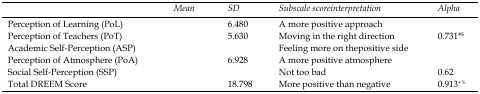
<table><thead><tr><td>[EMPTY_CELL]</td><td><b><i>Mean</i></b></td><td><b><i>SD</i></b></td><td><b><i>Subscale score interpretation</i></b></td><td><b><i>Alpha</i></b></td></tr></thead><tbody><tr><td>Perception of Learning (PoL)</td><td>[EMPTY_CELL]</td><td>6.480</td><td>A more positive approach</td><td>[EMPTY_CELL]</td></tr><tr><td>Perception of Teachers (PoT)</td><td>[EMPTY_CELL]</td><td>5.630</td><td>Moving in the right direction</td><td>0.731<sup>#$</sup></td></tr><tr><td>Academic Self-Perception (ASP)</td><td>[EMPTY_CELL]</td><td>[EMPTY_CELL]</td><td>Feeling more on the positive side</td><td>[EMPTY_CELL]</td></tr><tr><td>Perception of Atmosphere (PoA)</td><td>[EMPTY_CELL]</td><td>6.928</td><td>A more positive atmosphere</td><td>[EMPTY_CELL]</td></tr><tr><td>Social Self-Perception (SSP)</td><td>[EMPTY_CELL]</td><td>[EMPTY_CELL]</td><td>Not too bad</td><td>0.62</td></tr><tr><td>Total DREEM Score</td><td>[EMPTY_CELL]</td><td>18.798</td><td>More positive than negative</td><td>0.913<sup>+%</sup></td></tr></tbody></table>